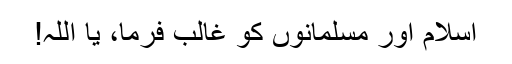
اسلام اور مسلمانوں کو غالب فرما، یا اللہ!